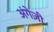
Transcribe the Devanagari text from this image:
अंगेज़ी